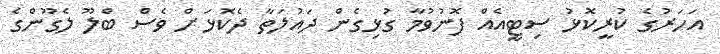
އަހަރުގެ ކުރީކޮޅު ސިޓީއެއް ފޮނުވުމާ ގުޅިގެން ދައުލަތާ ދެކޮޅަށް ވެސް ބްލޫ ލެގޫންގެ